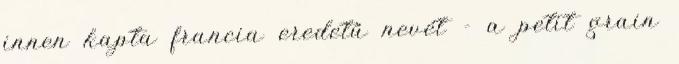
innen kapta francia eredetű nevét - a petit grain